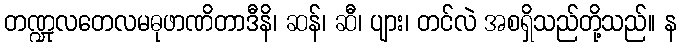
တဏ္ဍုလတေလမဓုဖာဏိတာဒီနိ၊ ဆန်၊ ဆီ၊ ပျား၊ တင်လဲ အစရှိသည်တို့သည်။ န